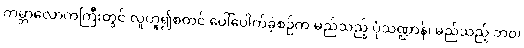
ကမ္ဘာလောကကြီးတွင် လူဟူ၍စတင် ပေါ်ပေါက်ခဲ့စဉ်က မည်သည့် ပုံသဏ္ဌာန်၊ မည်သည့် ဘဝ၊